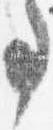
事